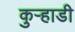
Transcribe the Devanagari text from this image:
कुर्‍हाडी